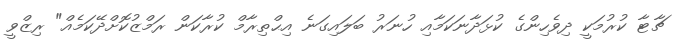
ޗާޓާ ކުރުމަކީ ދިވެހިންގެ ކުޅަދާނަކަމާއި ހުނަރު ބަލައިގަނެ އިޙްތިރާމް ކުރާކަން ރަމްޒުކޮށްދޭކަމެއް" ރިޒްވީ